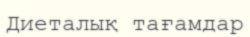
Диеталық тағамдар